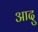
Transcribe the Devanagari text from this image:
आदु